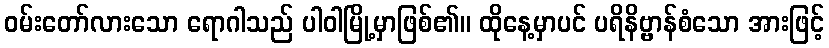
ဝမ်းတော်လားသော ရောဂါသည် ပါဝါမြို့မှာဖြစ်၏။ ထိုနေ့မှာပင် ပရိနိဗ္ဗာန်စံသော အားဖြင့်